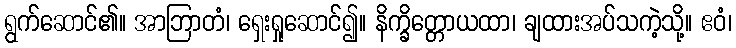
ရွက်ဆောင်၏။ အာဘြာတံ၊ ရှေးရှုဆောင်၍။ နိက္ခိတ္တောယထာ၊ ချထားအပ်သကဲ့သို့။ ဧဝံ၊